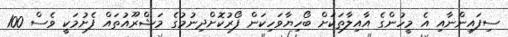
ސިފައިންނާއި އެ މީހުންގެ އާއިލާތަކަށް ބޯހިޔާވަހިކަން ފޯރުކޮށްދިނުމުގެ މަޝްރޫއުތައް ފެށުމަކީ ވެސް 100